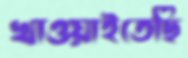
খাওয়াইতেছি